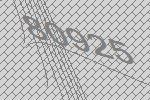
80925